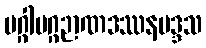
မဂ္ဂါမဂ္ဂဉာဏဒဿနမဒ္ဒသ